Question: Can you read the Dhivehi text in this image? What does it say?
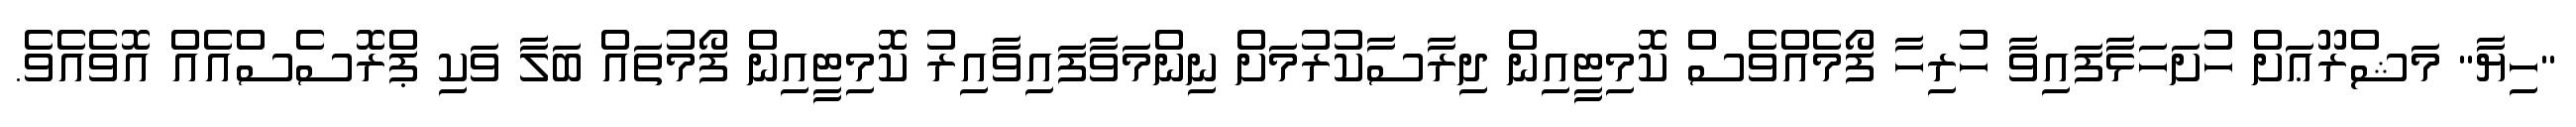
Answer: "ހިޔާ" މަޝްރޫޢަށް ހުށަހަޅާފައިވާ ހުރިހާ ފޯމެއްވެސް ކޮމިޓީއިން ދިރާސާކުރުމަށް ނިންމަވާފައިވާއިރު ކޮމިޓީއިން ފޯމުތައް ބަލާ ވަކި ޕްރޮސެސްއެއް އޮވެއެވެ.